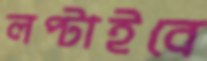
লপ্‌টাইবে